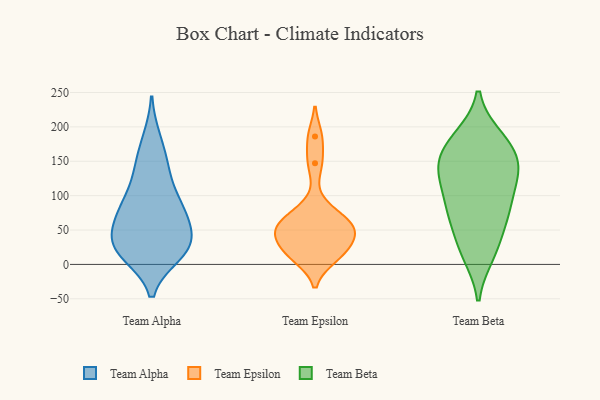
{"axis": {"x": "Inventory Turnover", "y": "Value"}, "legend": ["Team Alpha", "Team Beta", "Team Epsilon"], "data": [{"x": "", "y": 29, "type": "Team Alpha"}, {"x": "", "y": 64, "type": "Team Alpha"}, {"x": "", "y": 20, "type": "Team Alpha"}, {"x": "", "y": 86, "type": "Team Alpha"}, {"x": "", "y": 37, "type": "Team Alpha"}, {"x": "", "y": 96, "type": "Team Alpha"}, {"x": "", "y": 64, "type": "Team Alpha"}, {"x": "", "y": 15, "type": "Team Alpha"}, {"x": "", "y": 143, "type": "Team Alpha"}, {"x": "", "y": 18, "type": "Team Alpha"}, {"x": "", "y": 85, "type": "Team Alpha"}, {"x": "", "y": 33, "type": "Team Alpha"}, {"x": "", "y": 182, "type": "Team Alpha"}, {"x": "", "y": 139, "type": "Team Alpha"}, {"x": "", "y": 60, "type": "Team Epsilon"}, {"x": "", "y": 31, "type": "Team Epsilon"}, {"x": "", "y": 63, "type": "Team Epsilon"}, {"x": "", "y": 147, "type": "Team Epsilon"}, {"x": "", "y": 80, "type": "Team Epsilon"}, {"x": "", "y": 49, "type": "Team Epsilon"}, {"x": "", "y": 21, "type": "Team Epsilon"}, {"x": "", "y": 47, "type": "Team Epsilon"}, {"x": "", "y": 186, "type": "Team Epsilon"}, {"x": "", "y": 12, "type": "Team Epsilon"}, {"x": "", "y": 10, "type": "Team Epsilon"}, {"x": "", "y": 49, "type": "Team Epsilon"}, {"x": "", "y": 185, "type": "Team Beta"}, {"x": "", "y": 143, "type": "Team Beta"}, {"x": "", "y": 177, "type": "Team Beta"}, {"x": "", "y": 154, "type": "Team Beta"}, {"x": "", "y": 71, "type": "Team Beta"}, {"x": "", "y": 136, "type": "Team Beta"}, {"x": "", "y": 87, "type": "Team Beta"}, {"x": "", "y": 163, "type": "Team Beta"}, {"x": "", "y": 135, "type": "Team Beta"}, {"x": "", "y": 62, "type": "Team Beta"}, {"x": "", "y": 129, "type": "Team Beta"}, {"x": "", "y": 16, "type": "Team Beta"}, {"x": "", "y": 123, "type": "Team Beta"}, {"x": "", "y": 185, "type": "Team Beta"}, {"x": "", "y": 90, "type": "Team Beta"}, {"x": "", "y": 14, "type": "Team Beta"}, {"x": "", "y": 33, "type": "Team Beta"}, {"x": "", "y": 81, "type": "Team Beta"}]}